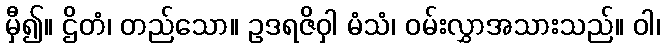
မှီ၍။ ဌိတံ၊ တည်သော။ ဥဒရဇိဝှါ မံသံ၊ ဝမ်းလွှာအသားသည်။ ဝါ၊